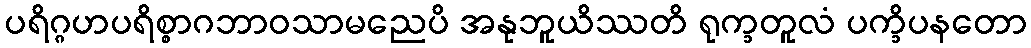
ပရိဂ္ဂဟပရိစ္စာဂဘာဝသာမညေပိ အနုဘူယိဿတိ ရုက္ခတူလံ ပက္ခိပနတော